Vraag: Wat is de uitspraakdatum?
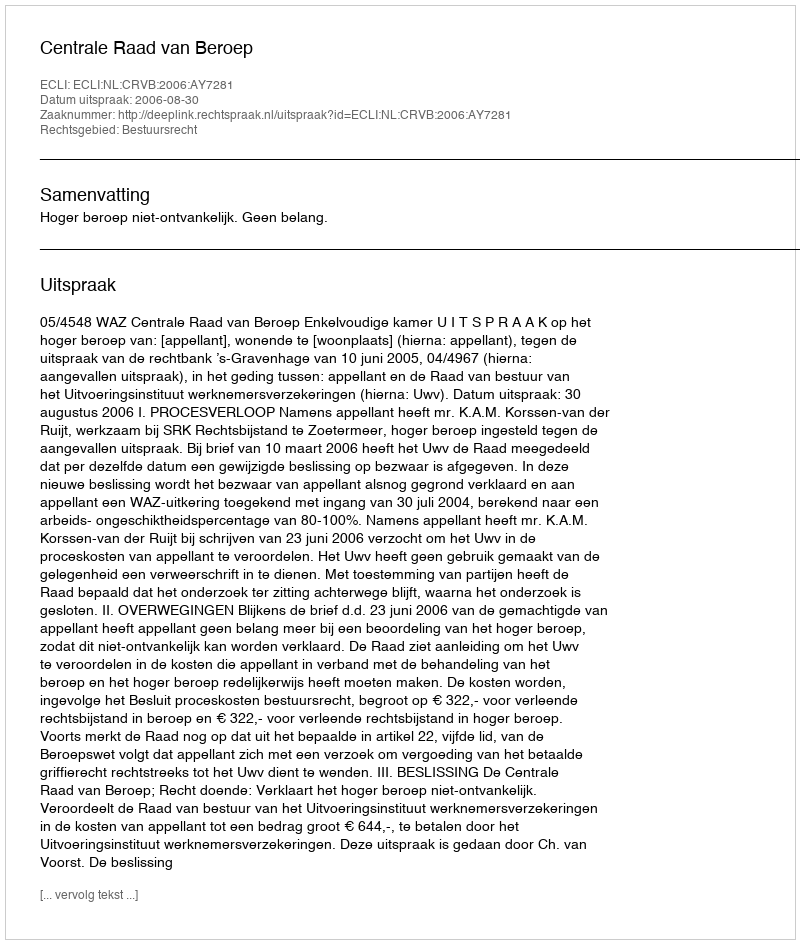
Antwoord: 2006-08-30